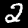
Digit: 2